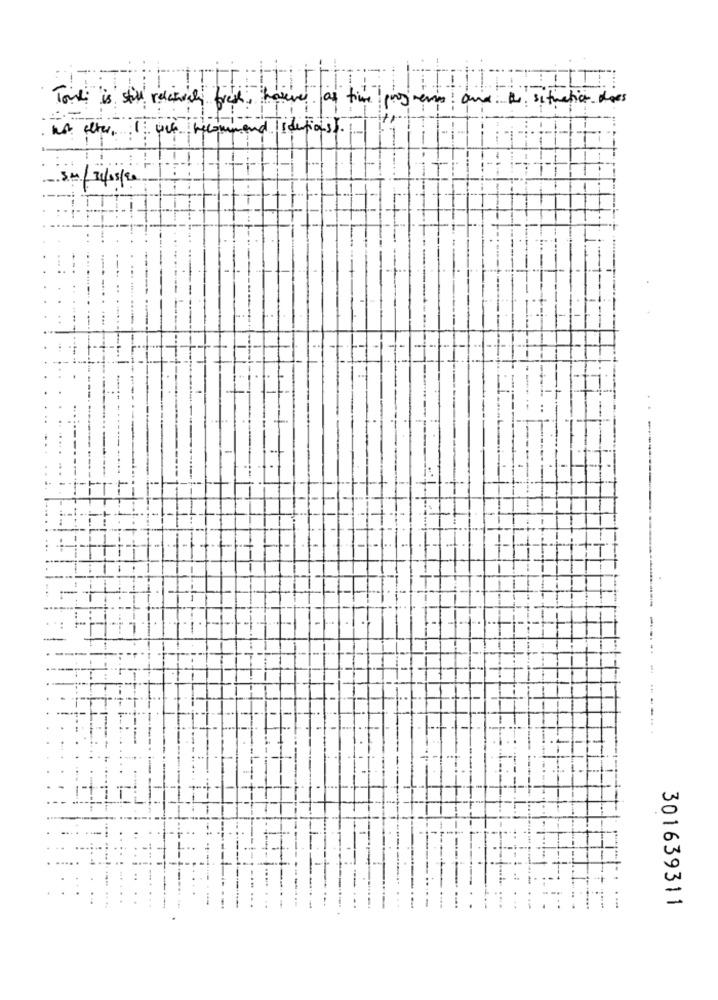
Tout is still relatively frek
as time progress! and A situation does
hot alter, 1 : une recompen
Tide
30/31/05/20
-
.. .
------
301639311